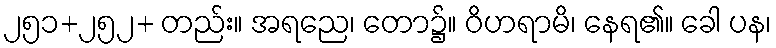
၂၅၁+၂၅၂+ တည်း။ အရညေ၊ တော၌။ ဝိဟရာမိ၊ နေရ၏။ ခေါ ပန၊